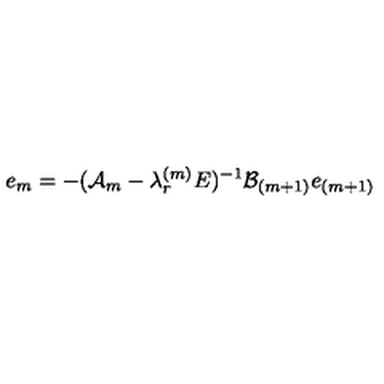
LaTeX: e _ { m } = - ( { \cal A } _ { m } - \lambda _ { r } ^ { ( m ) } E ) ^ { - 1 } { \cal B } _ { ( m + 1 ) } e _ { ( m + 1 ) }